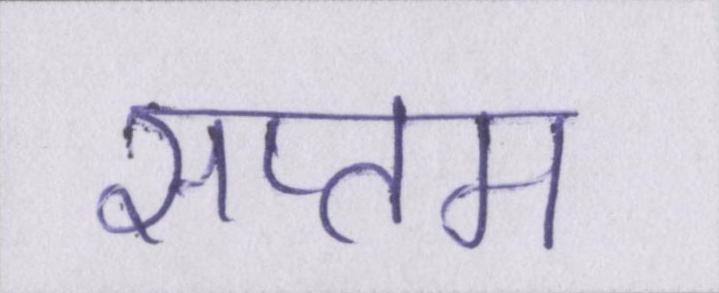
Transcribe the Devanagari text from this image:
सप्तम